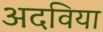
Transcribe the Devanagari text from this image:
अदविया